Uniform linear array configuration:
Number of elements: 12
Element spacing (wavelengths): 0.75
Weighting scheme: binomial
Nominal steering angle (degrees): -60
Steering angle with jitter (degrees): -58.702
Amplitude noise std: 0.05
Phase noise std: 0.05

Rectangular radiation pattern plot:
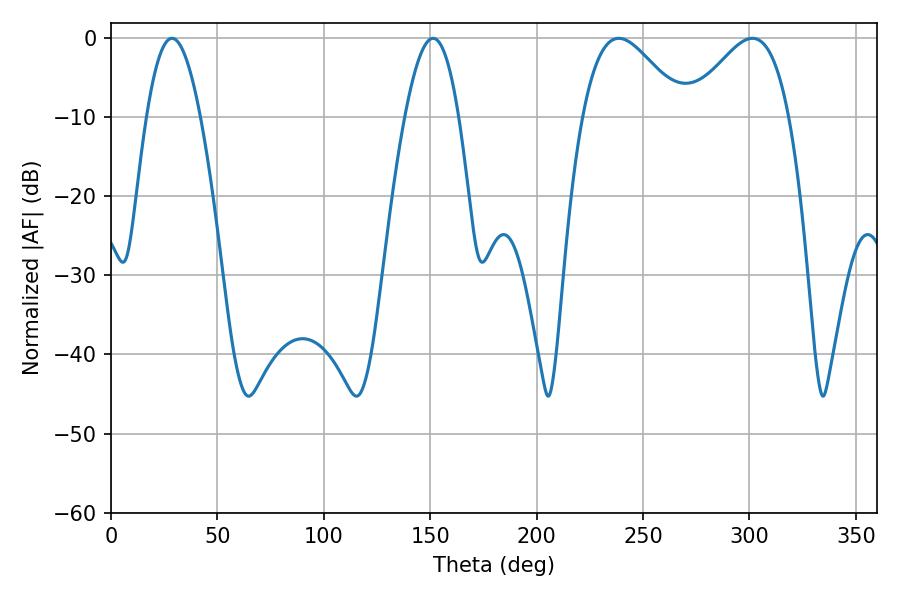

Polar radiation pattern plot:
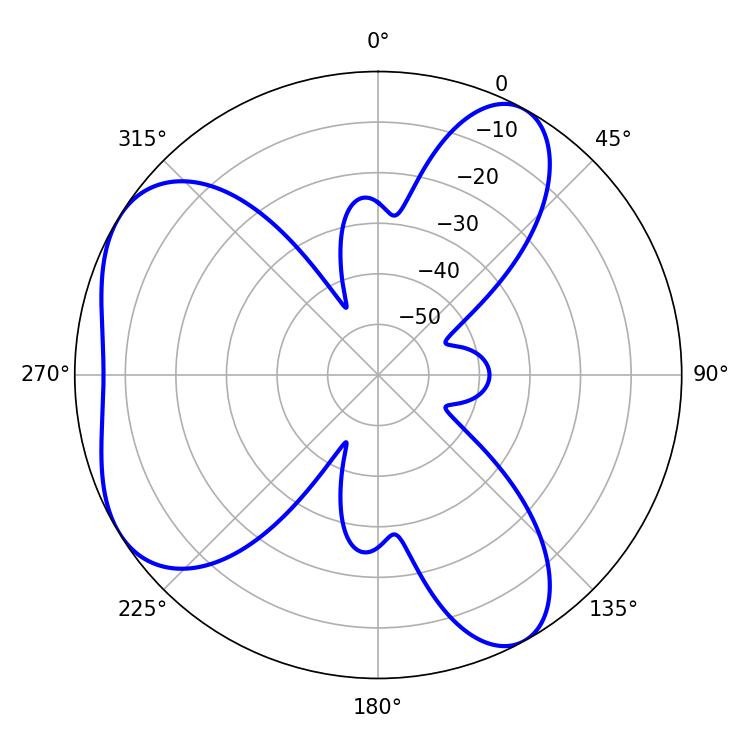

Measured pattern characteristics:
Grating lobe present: TRUE
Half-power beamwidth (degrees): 25.2
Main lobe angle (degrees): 238.68